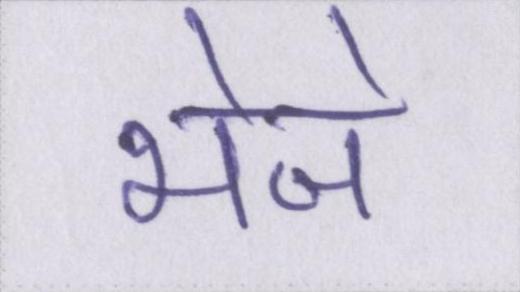
भेजे